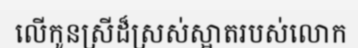
លើកូនស្រីដ៏ស្រស់ស្អាតរបស់លោក